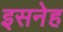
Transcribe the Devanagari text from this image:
इसनेह